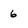
Character: 6